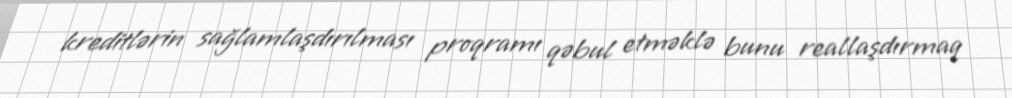
kreditlərin sağlamlaşdırılması proqramı qəbul etməklə bunu reallaşdırmaq